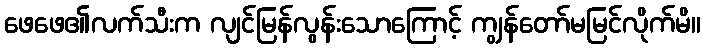
ဖေဖေ၏လက်သီးက လျင်မြန်လွန်းသောကြောင့် ကျွန်တော်မမြင်လိုက်မိ။